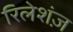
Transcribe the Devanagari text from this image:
रिलेशंज़